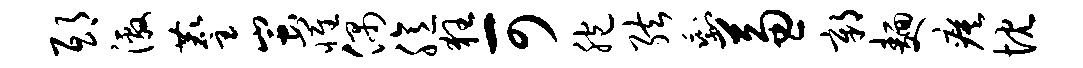
邸激麈蚩罹偶臆狂可胞弦剩兼鄣面瘼忱